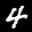
Label: 4